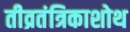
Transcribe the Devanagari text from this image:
तीव्रतंत्रिकाशोथ